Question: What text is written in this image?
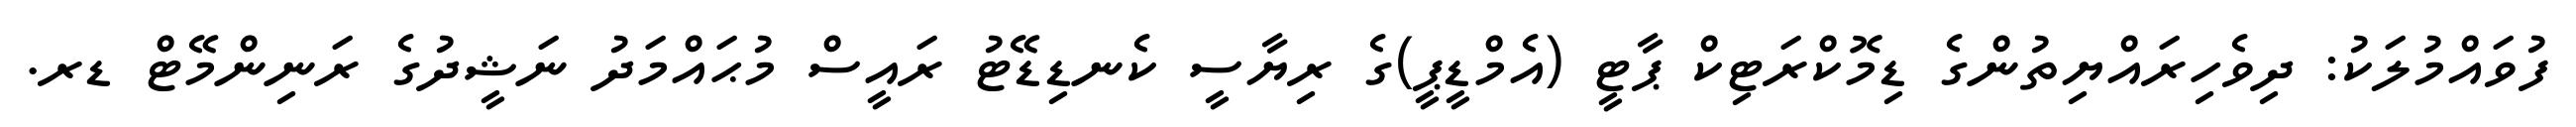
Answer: ފުވައްމުލަކު: ދިވެހިރައްޔިތުންގެ ޑިމޮކްރަޓިކް ޕާޓީ (އެމްޑީޕީ)ގެ ރިޔާސީ ކެނޑިޑޭޓު ރައީސް މުޙައްމަދު ނަޝީދުގެ ރަނިންމޭޓް ޑރ.